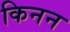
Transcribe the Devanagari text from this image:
किनन